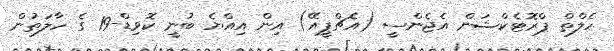
ހެލްތް ޕްރޮޓެކްޝަން އެޖެންސީ (އެޗްޕީއޭ) އިން އިއްޔެ ބުނީ ކޮވިޑް-19 ގެ ހާލަތުން